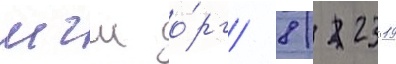
мгш о́рг/ 8/ 23019